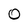
Character: O